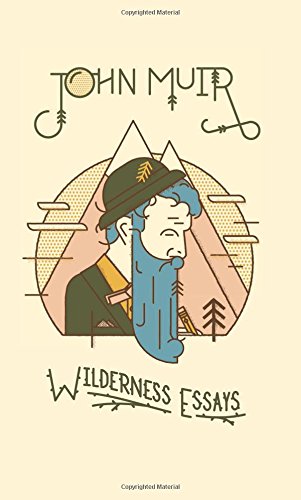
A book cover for Wilderness Essays; John Muir; Science & Math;